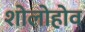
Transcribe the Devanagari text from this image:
शोलोहोव